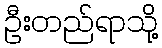
ဦးတည်ရာသို့